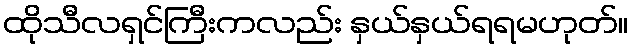
ထိုသီလရှင်ကြီးကလည်း နှယ်နှယ်ရရမဟုတ်။